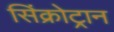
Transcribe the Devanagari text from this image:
सिंक्रोट्रान